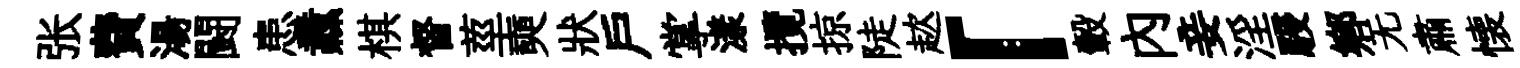
张費湯闘患纛棋督莖奭狀戶掌漾攬掠陡趑「轂內妾淫駸郷无肅懐